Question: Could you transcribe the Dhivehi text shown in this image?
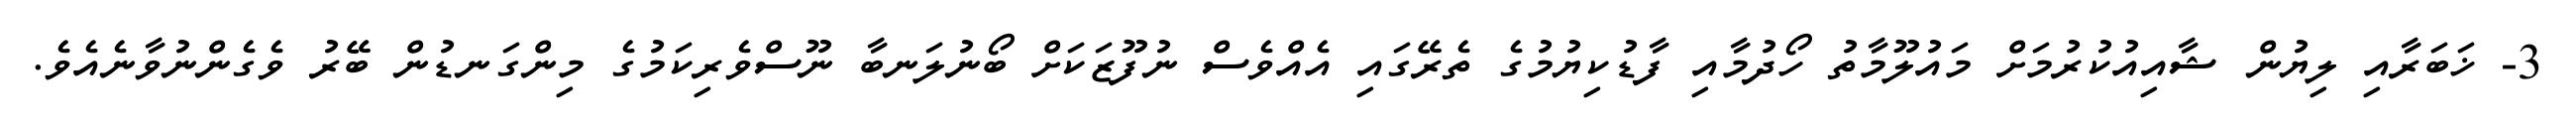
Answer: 3- ޚަބަރާއި ލިޔުން ޝާއިއުކުރުމަށް މައުލޫމާތު ހޯދުމާއި ފާޑުކިޔުމުގެ ތެރޭގައި އެއްވެސް ނުފޫޒަކަށް ބޯނުލަނބާ ނޫސްވެރިކަމުގެ މިންގަނޑުން ބޭރު ވެގެންނުވާނެއެވެ.